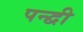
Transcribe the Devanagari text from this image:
पन्द्वी